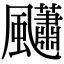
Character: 𩙚